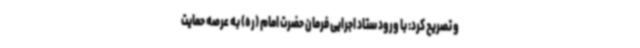
و تصریح کرد: با ورود ستاد اجرایی فرمان حضرت امام (ره) به عرصه حمایت